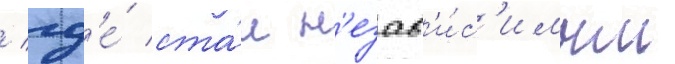
/ гд'е́ ста́л н'езав'и́с'имым